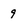
Character: 9